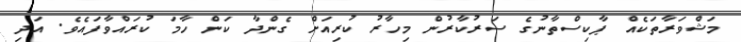
މަޝްވަރާތަކެއް ޕާކިސްތާނުގެ ސަރުކާރުން މިހާރު ކުރިއަށް ގެންދާ ކަން ހާމަ ކުރައްވާފައެވެ. އަދި